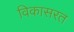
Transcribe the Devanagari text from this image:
विकासरत